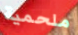
ملحمية